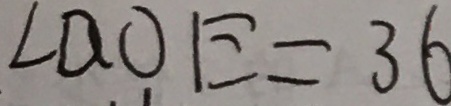
\angle D O E = 3 6